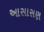
આસાસણ